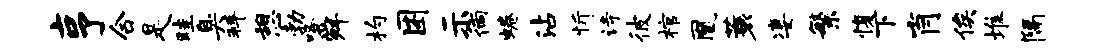
亨合是畦臭拜憩勃咯舜杓困示徜蜷沾忻诗彼棺凰蓑凄繁愎下肖俟堆隔